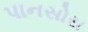
પાનસોરા